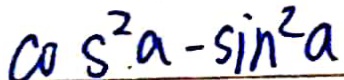
\cos ^ { 2 } . a - \sin ^ { 2 } a